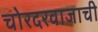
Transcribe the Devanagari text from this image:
चोरदरवाजाची